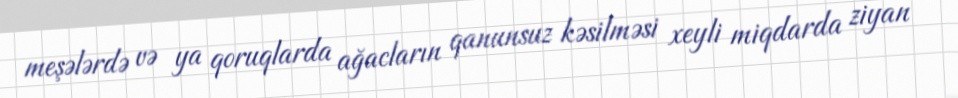
meşələrdə və ya qoruqlarda ağacların qanunsuz kəsilməsi xeyli miqdarda ziyan